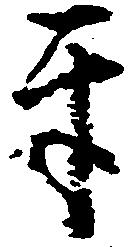
互